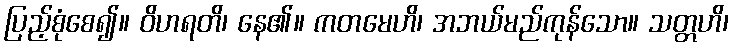
ပြည့်စုံစေ၍။ ဝိဟရတိ၊ နေ၏။ ကတမေဟိ၊ အဘယ်မည်ကုန်သော။ သတ္တဟိ၊